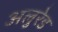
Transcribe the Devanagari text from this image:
अलुरेड